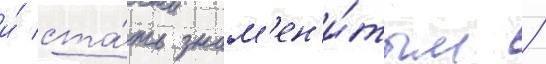
и́ ста́ть знам'ен'и́тым /